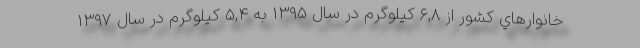
خانوارهاي كشور از ۶,۸ كيلوگرم در سال ۱۳۹۵ به ۵,۴ كيلوگرم در سال ۱۳۹۷